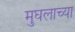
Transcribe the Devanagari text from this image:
मुघलाच्या